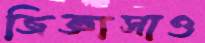
জিজ্ঞাসাও